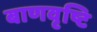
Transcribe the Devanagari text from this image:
बाणवृष्टि